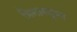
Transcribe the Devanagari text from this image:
मिनारनुमा